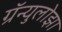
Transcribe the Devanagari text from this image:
ग्रॅन्युलोझा